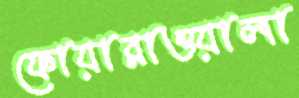
ফোয়ারাওয়ালা